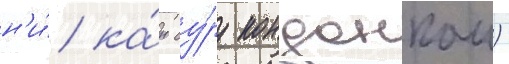
н'и́ ка́н су́ру конданкаи)